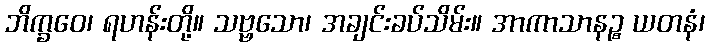
ဘိက္ခဝေ၊ ရဟန်းတို့။ သဗ္ဗသော၊ အချင်းခပ်သိမ်း။ အာကာသာနဉ္စ ယတနံ၊